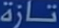
تأزاة